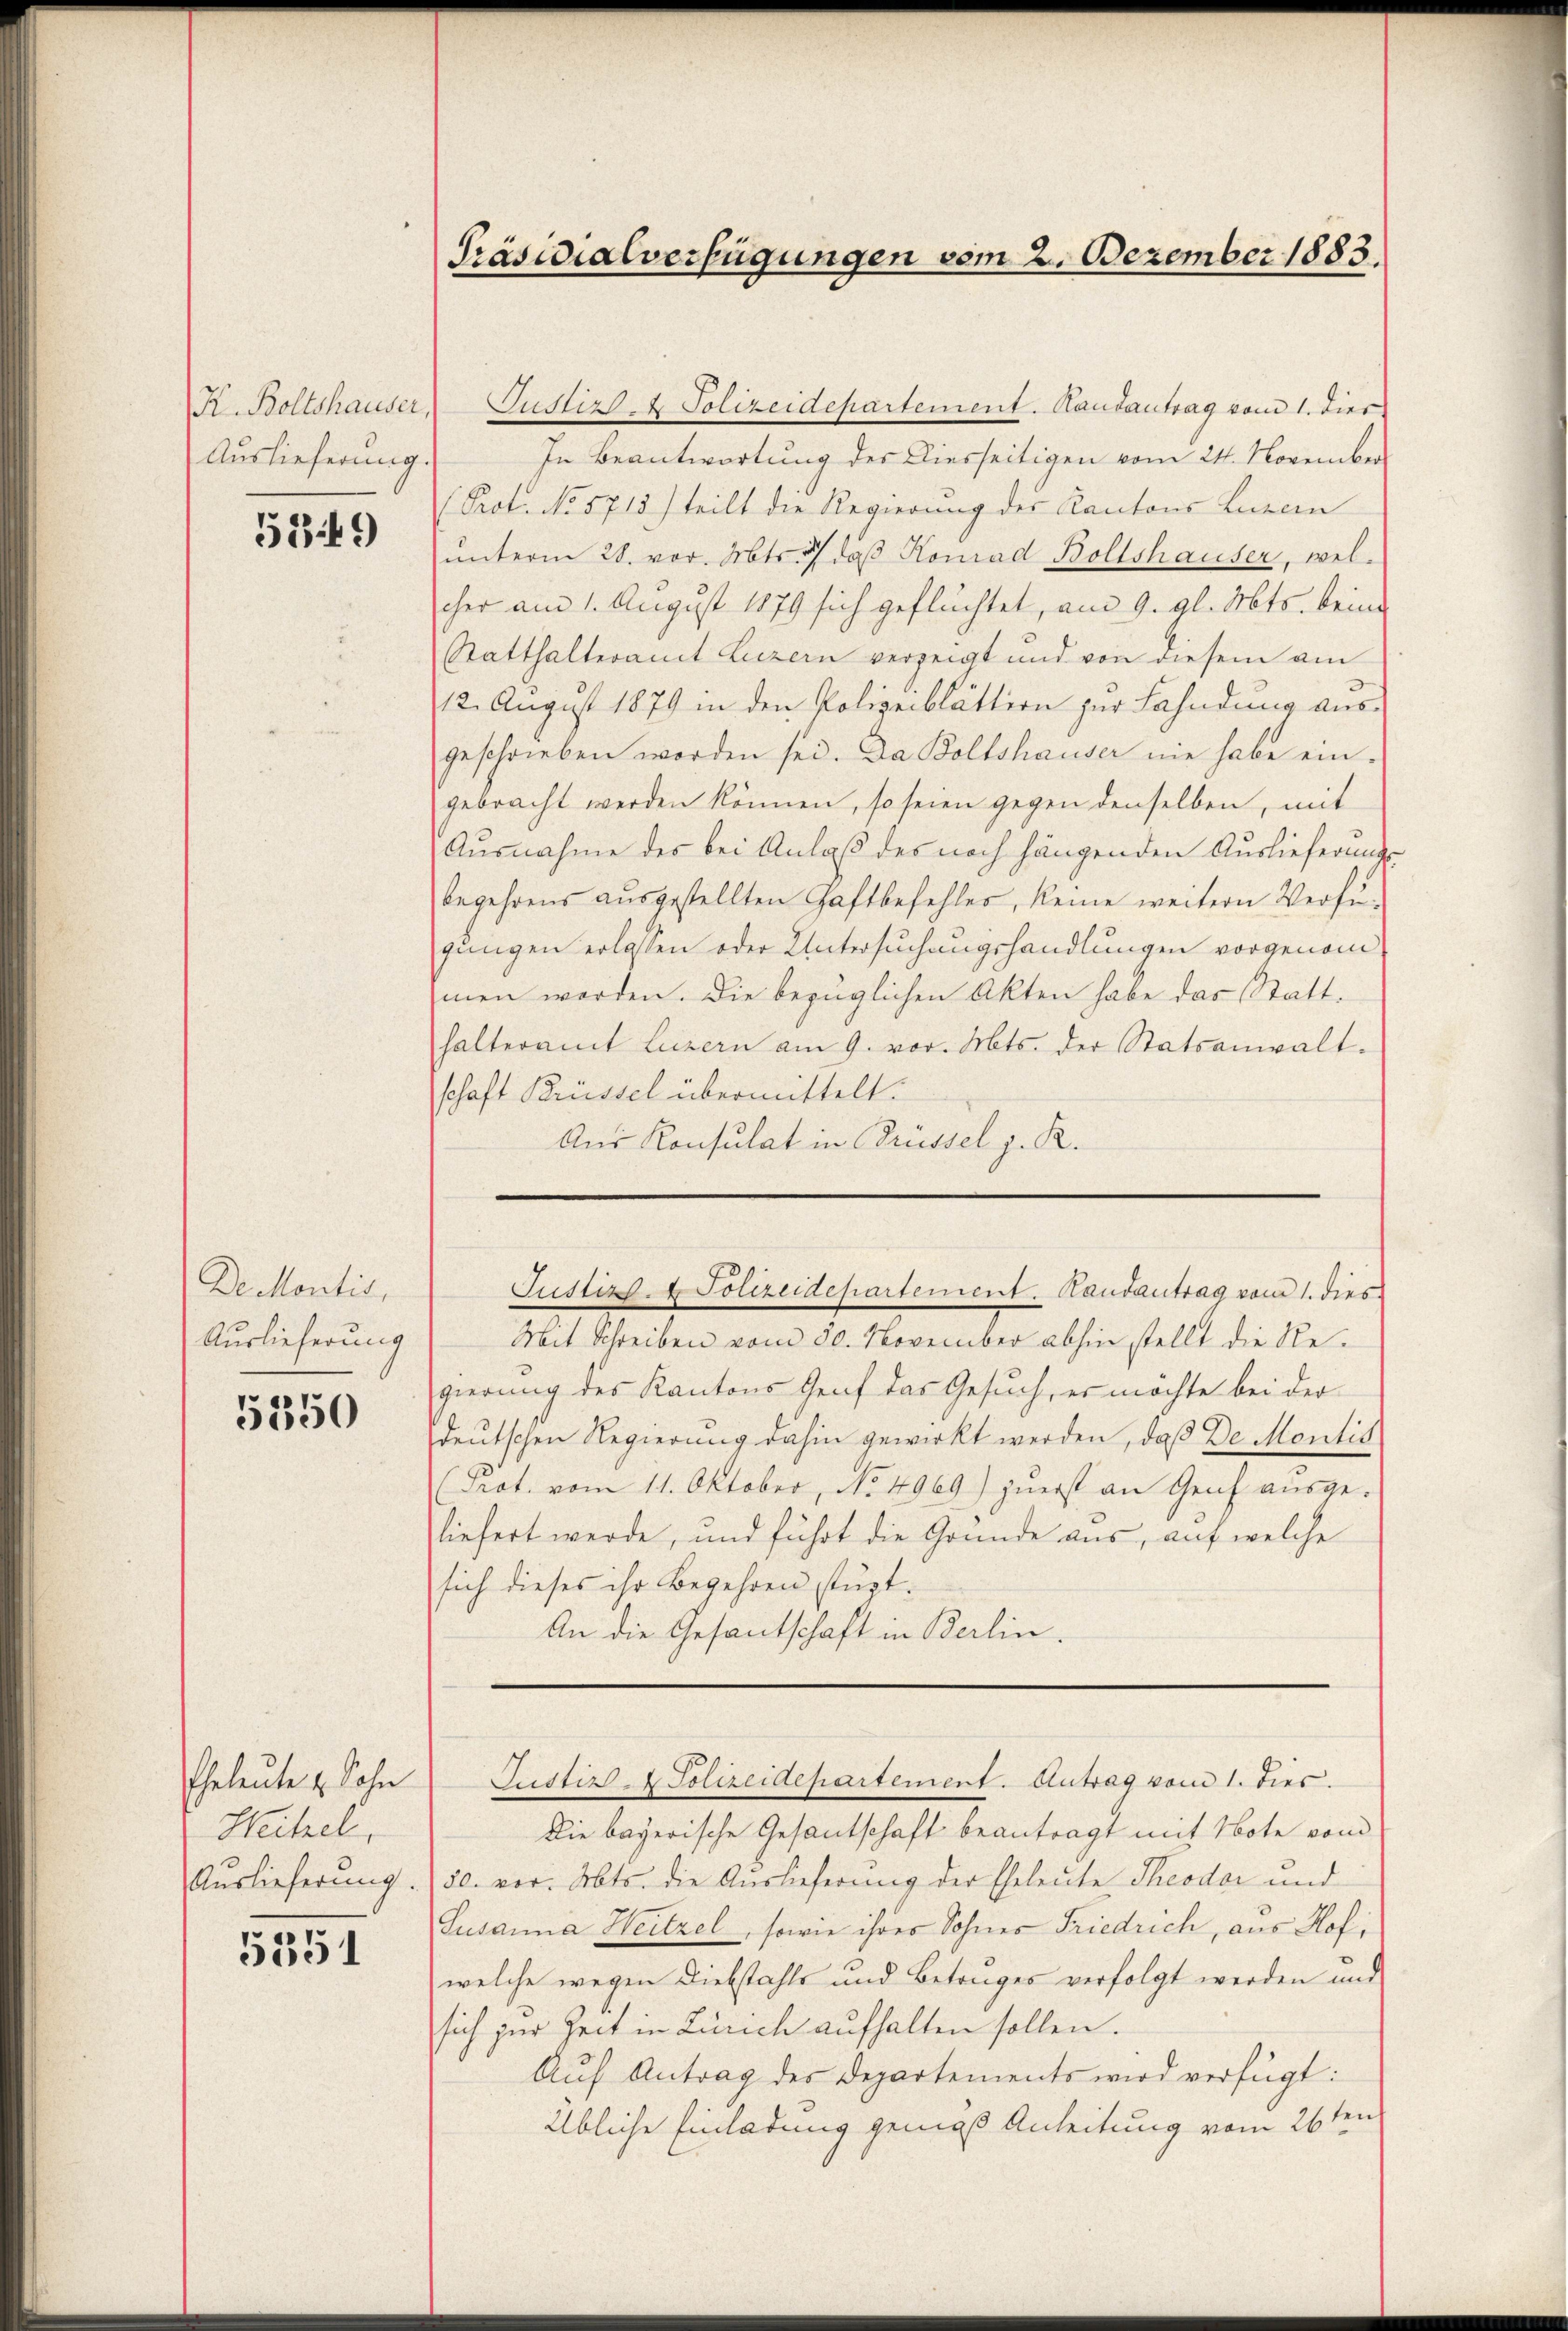
R. Boltshauser,
Auslieferung

5349

De Montis,
Auslieferung

5350

Eheleute u. Sohn
Heitzel.
Auslieferung.

5351

Präsidialverfügungen vom 2. Dezember 1883.

Justiz- & Polizeidepartement. Randantrag vom 1. Dies
In Beantwortung des Diesseitigen vom 24. November
Prot. No 5715) teilt die Regierung des Kantons Luzern
ŭnterm 28. vor. Mts. daβ Konrad Bollshauser, welcher am 1. August 1879 sich geflüchtet, am 9. gl. Mts. keine
Statthalteramt Luzern verzeigt und von diesem am
12. August 1879 in den Polizeiblättern zur Fahndung ausgeschrieben worden sei. Da Boltshauser nie habe ein-
gebracht werden können, so seien gegen denselben, mit
Ausnahme des bei Anlaß des noch hängenden Auslieferungs-
begehrens ausgestellten Gaftbefehles, keine weitern Verfügungen erlassen oder Untersuchungshandlungen vorgenommen werden. Die bezüglichen Akten habe das Statthalteramt Luzern am 9. vor. Mts. der Statsanwalt.
schaft Brüssel übermittelt.
Aus Konsulat in Trüssel z. R.

Mit Schreiben vom 30. November abhin stellt die Regierung des Kantons Graf das Gesuch, es möchte bei der
deutschen Regierung dahin gewirkt werden, daß De Montis
Prot. vom 11. Oktober, No 4969) zuerst an Genf ausgeliefert werde, und führt die Gründe aus, auf welche
sich dieses ihr Begehren stüzt¬
An die Gesantschaft in Berlin.

Justiz- & Polizeidepartement. Handantrag vom 1. dies

Justiz - Polizeidepartement. Antrag vom 1. dies
Die bayerische Gesantschaft beantragt mit Note von

20. vor. Mts. die Auslieferung der Eheleute Theodor und
Susanna Heitzel, sowie ihres Sohnes Friedrich, aus Hof,
welche wegen Diebstahls und Betruges verfolgt werden und
sich zur Zeit in Zürich aufhalten sollen.
Aŭf Antrag des Departements wird verfügt:
Übliche Einladung gemäß Anleitung vom 26ten